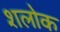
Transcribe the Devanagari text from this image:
शलोक